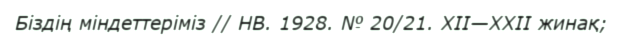
Біздің міндеттеріміз // НВ. 1928. № 20/21. XII—XXII жинақ;